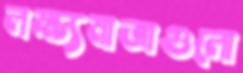
লক্ষ্যমাত্রাগুলো